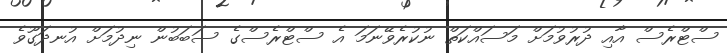
ސްޓްރެސް އާއި ދުރުވުމަށް މަސައްކަތް ނުކުރެވޭނަމަ އެ ސްޓްރެސްގެ ސަބަބުން ނިދުމަށް އުނދަގޫވެ